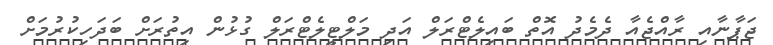
ޖަޕާނާއި ރާއްޖެއާ ދެމެދު އޮތް ބައިލެޓްރަލް އަދި މަލްޓީލެޓްރަލް ގުޅުން އިތުރަށް ބަދަހިކުރުމަށް